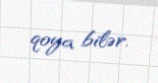
qoya bilər.